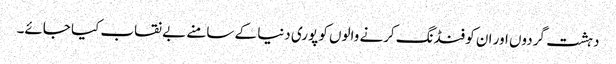
دہشت گردوں اور ان کو فنڈنگ کرنے والوں کو پوری دنیا کے سامنے بے نقاب کیا جائے۔